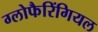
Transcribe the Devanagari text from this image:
ग्लोफैरिंगियल